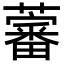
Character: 𧀯